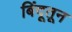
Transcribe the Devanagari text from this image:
बिंदूतून